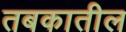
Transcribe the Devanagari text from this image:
तबकातील